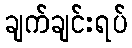
ချက်ချင်းရပ်